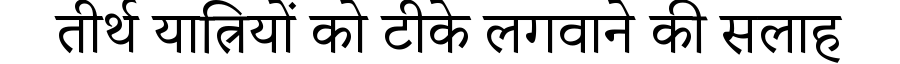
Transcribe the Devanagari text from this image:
तीर्थ यात्रियों को टीके लगवाने की सलाह